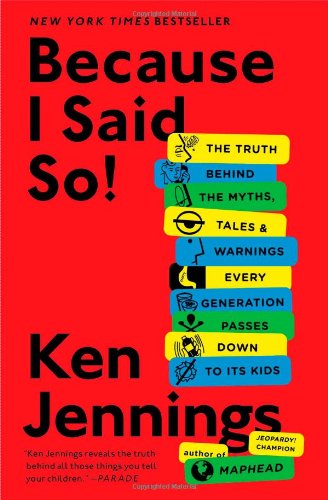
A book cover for Because I Said So!: The Truth Behind the Myths, Tales, and Warnings Every Generation Passes Down to Its Kids; Ken Jennings; Humor & Entertainment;